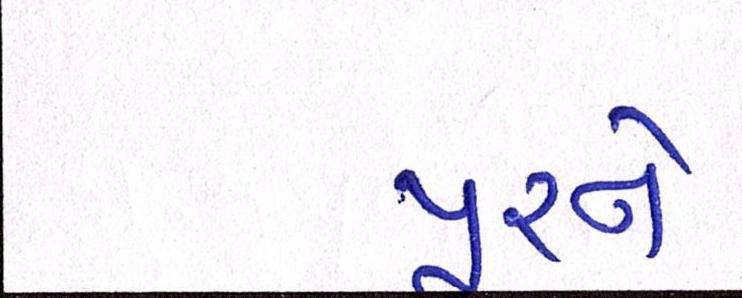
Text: પૂરને